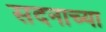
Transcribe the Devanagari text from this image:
सदनाच्या